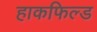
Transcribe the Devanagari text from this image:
हाकफिल्ड